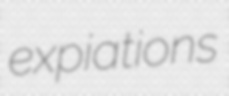
expiations